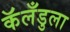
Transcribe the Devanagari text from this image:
कॅलँडुला